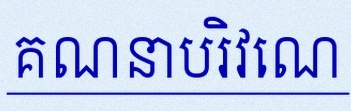
គណនាបរិវេណ